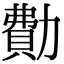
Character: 𠢥